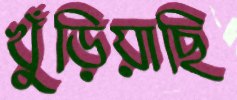
খুঁড়িয়াছি